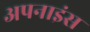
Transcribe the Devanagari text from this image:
अपनाइंस